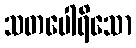
သတပေါရိသော